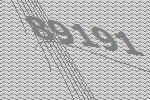
89191